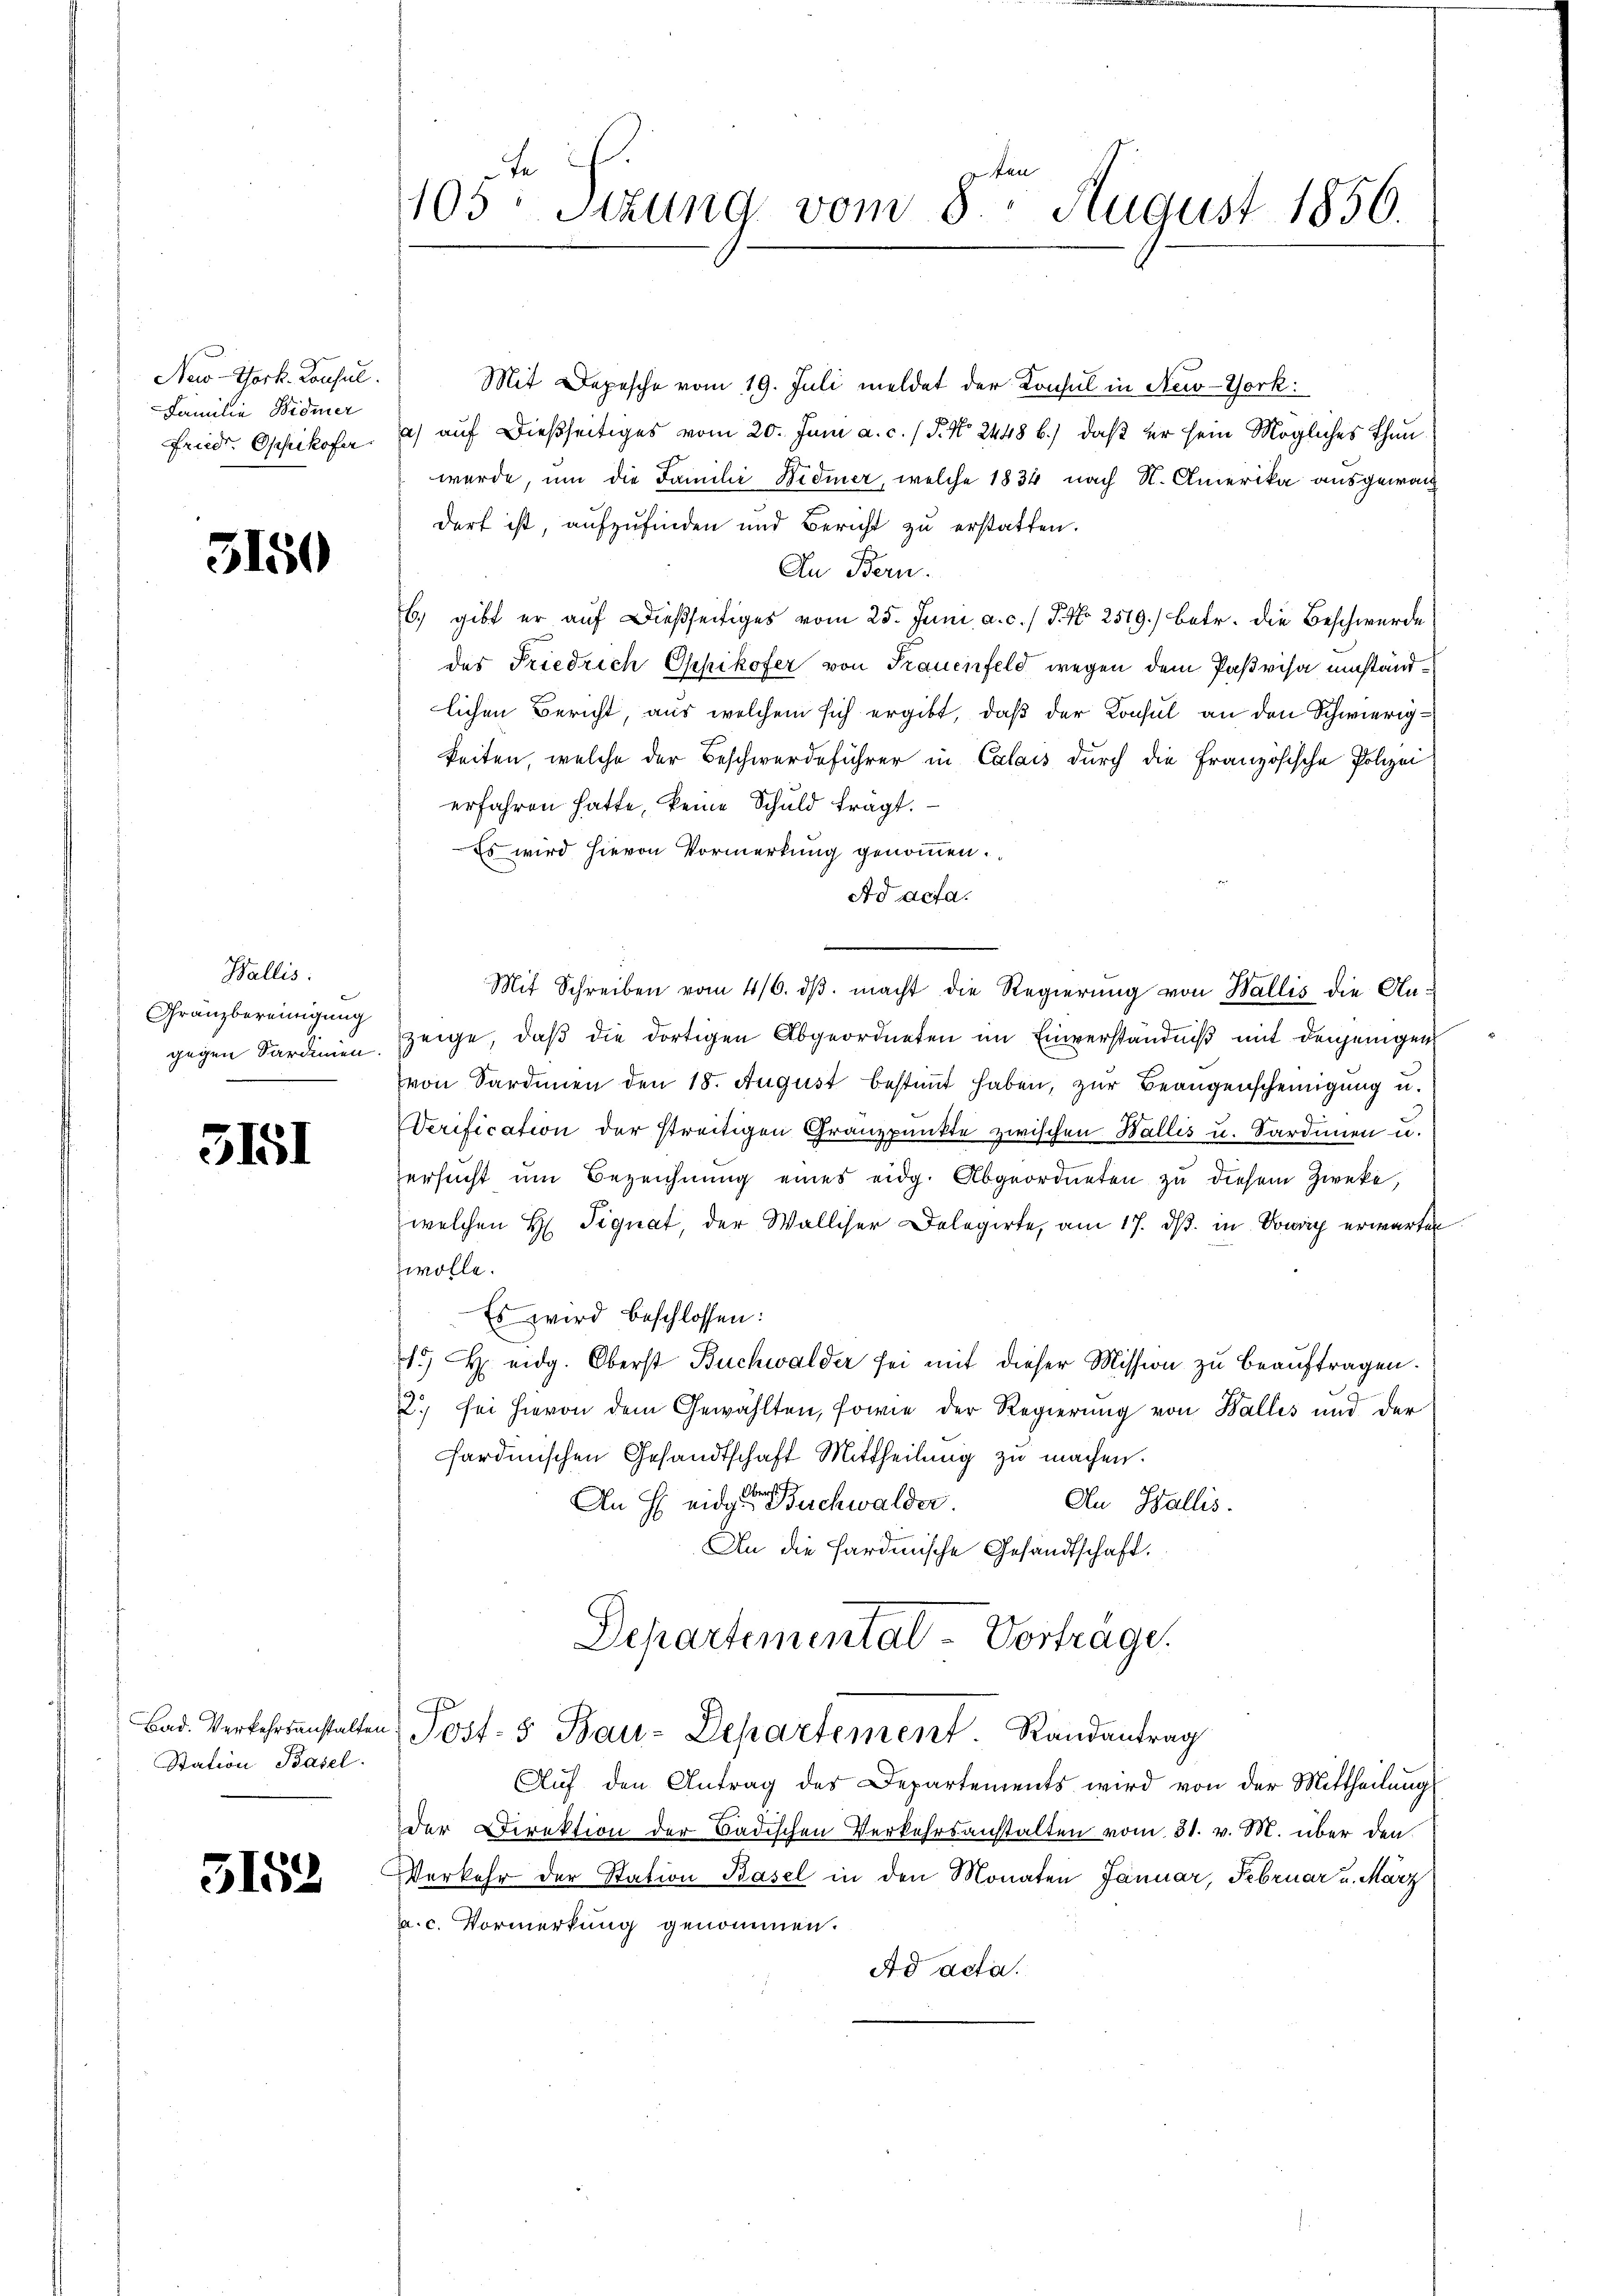
Neo-Thock. Konsul.
Familie Widmer
friedr. Opfikofer

3150

Wallis.
Franzbereinigung
gegen Sardinien

3151

Bad. Verkehrsanstalten
Station Basel.

3152

105: Sitzung vom 8. August 1856.

Mit Depesche vom 19. Juli meldet der Konsul in New-York:
) auf dießseitiges vom 20. Juni a. c. / P. No 2448 b.) daß er sein Mögliches Thunwurde, um die Familie Widmer, welche 1834 nach N. Amerika ausgewan
dert ist, aufzufinden und Bericht zu erstatten.
An Bern.
6.) gibt er auf dießseitiges vom 25. Juni a. c. / P. Nr. 2519.) Betr. die Beschwerde
des Friedrich Opfikofer von Frauenfeld wegen dem Paßvisa umständlichen Bericht, aus welchem sich ergibt, daß der Konsul an den Schwierigkeiten, welche der Beschwerdeführer in Calais durch die Französische Polizei
erfahren hatte, keine Schuld tragt.
Es wird hievon Vormerkung genommen.
Ad acta.
Mit Schreiben vom 4/6. dβ. macht die Regierung von Wallis die An-
zeige, daß die dortigen Abgeordneten im Einverständniß mit denjenigen
von Sardinen den 18. August bestimmt haben, zur Beaugenscheinigung u.
Verification der streitigen Granzpunkte zwischen Wallis u. Sardinen u.
ersucht um Bezeichnung eines eidg. Abgeordneten zu diesem Zwecke,
welchen H. Signat, der Walliser Delegirte, am 17. ds. in Vowig erwarten
wolle.
Es wird beschlossen:
1 M. eidg. Oberst Buchwalder sei mit dieser Mission zu beauftragen.
2) sei hievon dem Gewählten, sowie der Regierung von Balles und der
sardinischen Gesandtschaft Mittheilung zu machen.
An H eidgere Buchwalder
An Wallis.
An die Hardmische Gesandtschaft.
Departemental-Vortrage.
 Post- & Bau-Departement. Randantrag
Aŭf den Antrag des Departements wird von der Mittheilung
Der Direktion der Badischen Verkehrsanstalten vom 31. v. M. über den
Verkehr der Station Basel in den Monaten Januar, Februar u. März
a. c. Vormerkung genommen.
Ad acta.